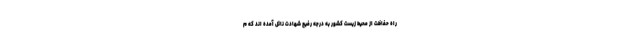
راه حفاظت از محیط زیست کشور به درجه رفیع شهادت نائل آمده اند که م